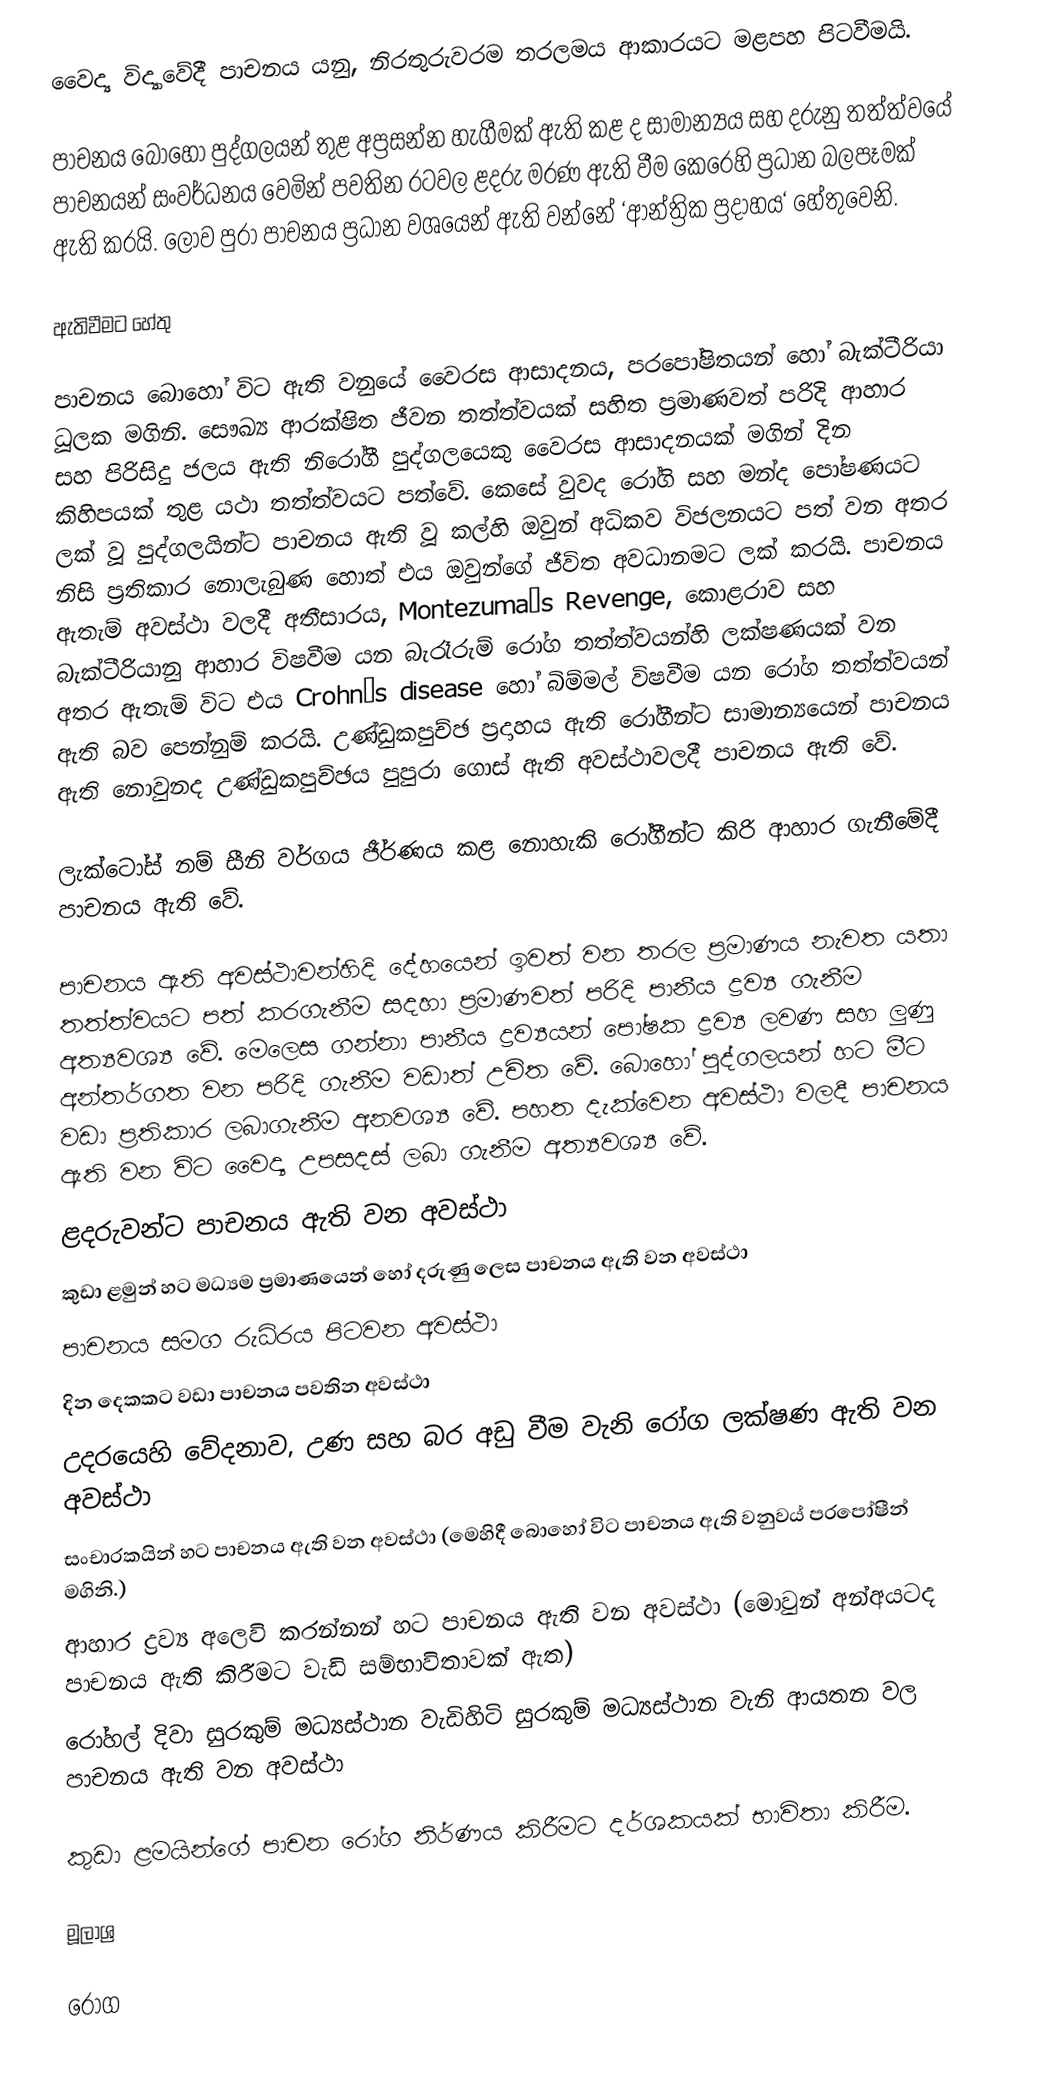
වෛද්‍ය විද්‍යාවේදී පාචනය යනු, නිරතුරුවරම තරලමය ආකාරයට මළපහ පිටවීමයි.

පාචනය බොහෝ පුද්ගලයන් තුළ අප්‍රසන්න හැගීමක් ඇති කළ ද සාමාන්‍යය සහ දරුනු තත්ත්වයේ පාචනයන් සංවර්ධනය වෙමින් පවතින රටවල ළදරු මරණ ඇති වීම කෙරෙහි ප්‍රධාන බලපෑමක් ඇති කරයි. ලොව පුරා පාචනය ප්‍රධාන වශයෙන් ඇති වන්නේ ‘ආන්ත්‍රික ප්‍රදාහය‘ හේතුවෙනි.

ඇතිවීමට හේතු

පාචනය බොහෝ විට ඇති වනුයේ වෛරස ආසාදනය, පරපෝෂිතයන් හෝ බැක්ටීරියා ධූලක මගිනි. සෞඛ්‍ය ආරක්ෂිත ජීවන තත්ත්වයක් සහිත ප්‍රමාණවත් පරිදි ආහාර සහ පිරිසිදු ජලය ඇති නිරෝගී පුද්ගලයෙකු වෛරස ආසාදනයක් මගින් දින කිහිපයක් තුළ යථා තත්ත්වයට පත්වේ. කෙසේ වුවද රෝගි සහ මන්ද පෝෂණයට ලක් වූ පුද්ගලයින්ට  පාචනය ඇති වූ කල්හි ඔවුන් අධිකව විජලනයට පත් වන අතර නිසි ප්‍රතිකාර නොලැබුණ හොත් එය ඔවුන්ගේ ජීවිත අවධානමට ලක් කරයි. පාචනය ඇතැම් අවස්ථා වලදී අතීසාරය, Montezuma’s Revenge, කොළරාව සහ බැක්ටීරියානු ආහාර විෂවීම   යන බැරෑරුම් රෝග තත්ත්වයන්හි ලක්ෂණයක් වන අතර ඇතැම් විට එය Crohn’s disease හෝ බිම්මල් විෂවීම යන රෝග තත්ත්වයන් ඇති බව පෙන්නුම් කරයි. උණ්ඩුකපුච්ඡ ප්‍රදාහය ඇති රෝගීන්ට සාමාන්‍යයෙන් පාචනය ඇති නොවුනද උණ්ඩුකපුච්ඡය පුපුරා ගොස් ඇති අවස්ථාවලදී පාචනය ඇති වේ.

ලැක්ටෝස් නම් සීනි වර්ගය ජීර්ණය කළ නොහැකි රෝගීන්ට කිරි ආහාර ගැනීමේදී පාචනය ඇති වේ.

පාචනය ඇති අවස්ථාවන්හිදි දේහයෙන් ඉවත් වන තරල ප්‍රමාණය නැවත යතා තත්ත්වයට  පත් කරගැනීම සදහා ප්‍රමාණවත් පරිදි පානීය ද්‍රව්‍ය ගැනීම අත්‍යවශ්‍ය වේ. මෙලෙස ගන්නා පානීය ද්‍රව්‍යයන් පෝෂක ද්‍රව්‍ය ලවණ සහ ලුණු අන්තර්ගත වන පරිදි ගැනීම වඩාත් උචිත වේ. බොහෝ පුද්ගලයන් හට මීට වඩා ප්‍රතිකාර ලබාගැනීම අනවශ්‍ය වේ. පහත දැක්වෙන අවස්ථා වලදී පාචනය ඇති වන විට වෛද්‍ය උපසදස් ලබා ගැනීම අත්‍යවශ්‍ය වේ.
	ළදරුවන්ට පාචනය ඇති වන අවස්ථා
	කුඩා ළමුන් හට මධ්‍යම ප්‍රමාණයෙන් හෝ දරුණු ලෙස පාචනය ඇති වන අවස්ථා
	පාචනය සමග රුධිරය පිටවන අවස්ථා
	දින දෙකකට වඩා පාචනය පවතින අවස්ථා
	උදරයෙහි වේදනාව, උණ සහ බර අඩු වීම වැනි රෝග ලක්ෂණ ඇති වන අවස්ථා
	සංචාරකයින් හට පාචනය ඇති වන අවස්ථා (මෙ‍හිදී බොහෝ විට පාචනය ඇති වනුවය් පරපෝෂීන් මගිනි.)
	ආහාර ද්‍රව්‍ය අලෙවි කරන්නන් හට පාචනය ඇති වන අවස්ථා (මොවුන් අන්අයටද පාචනය ඇති කිරීමට වැඩි සම්භාවිතාවක් ඇත)
	රෝහල් දිවා සුරකුම් මධ්‍යස්ථාන වැඩිහිටි සුරකුම් මධ්‍යස්ථාන වැනි ආයතන වල පාචනය ඇති වන අවස්ථා

කුඩා ළමයින්ගේ පාචන රෝග නිර්ණය කිරීමට දර්ශකයක් භාවිතා කිරීම.

මූලාශ්‍ර

රෝග